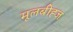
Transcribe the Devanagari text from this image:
मूलबीह्ज